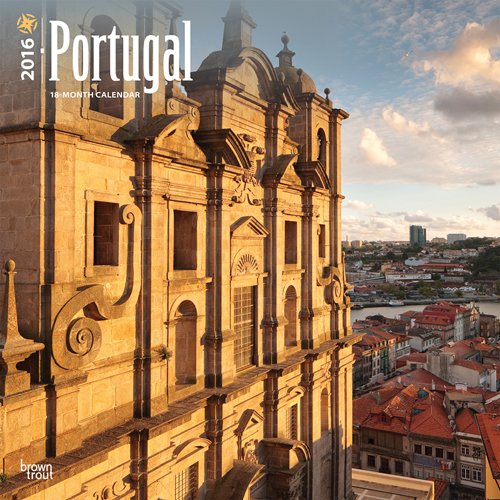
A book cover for Portugal 2016 Square 12x12 (Multilingual Edition); Browntrout Publishers; Travel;